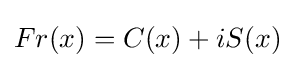
Fr(x)=C(x)+iS(x)